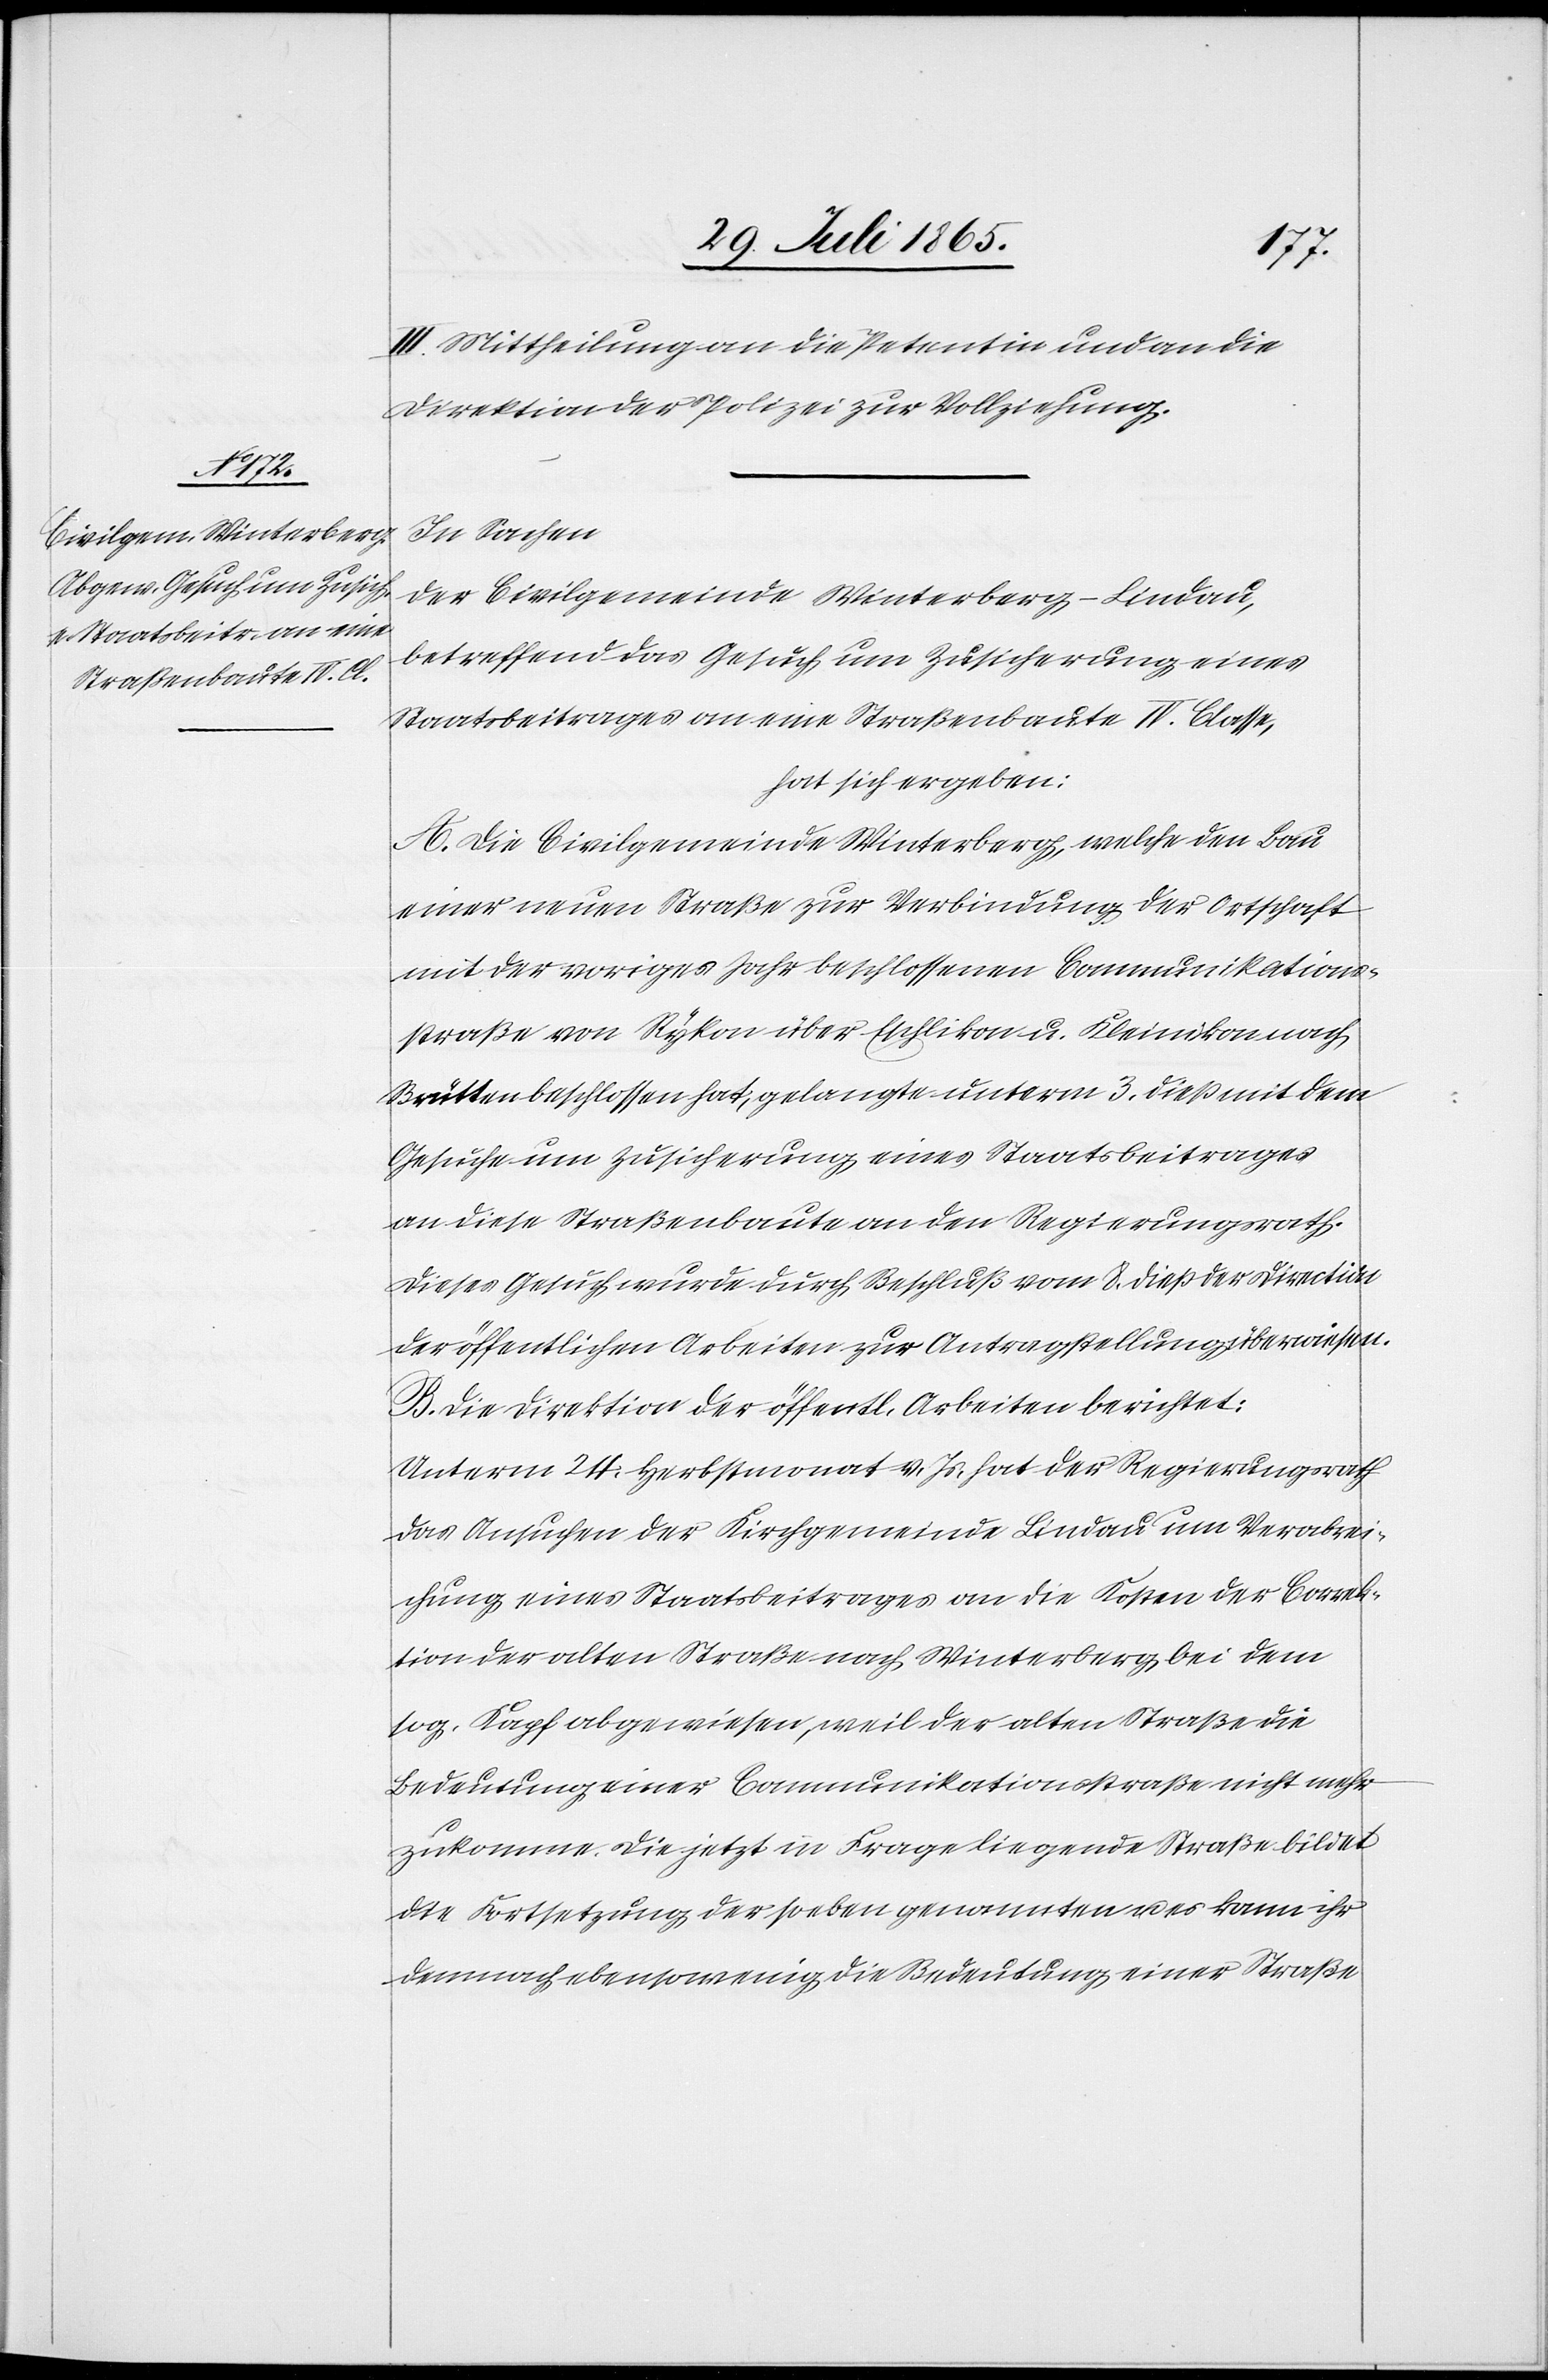
II.] Mittheilung an die Petentin und an die
Direktion der Polizei zur Vollziehung.
In Sachen
der Civilgemeinde Winterberg-Lindau,
betreffend das Gesuch um Zusicherung eines
Staatsbeitrages an eine Straßenbaute IV. Classe,
hat sich ergeben:
A. Die Civilgemeinde Winterberg, welche den Bau
einer neuen Straße zur Verbindung der Ortschaft
mit der voriges Jahr beschlossenen Communikations¬
straße von Rykon über Eschlikon u. Kleinikon nach
Brütten beschlossen hat, gelangte unterm 3. dieß mit dem
Gesuche u. Zusicherung eines Staatsbeitrages
an diese Straßenbaute an den Regierungsrath.
Dieses Gesuch wurde durch Beschluß vom 8. dieß der Direction
der öffentlichen Arbeiten zur Antragstellung überwiesen.
B. Die Direktion der öffentl. Arbeiten berichtet:
Unterm 24. Herbstmonat v. Js. hat der Regierungsrath
das Ansuchen der Kirchgemeinde Lindau um Verabrei¬
chung eines Statthalteramtes an die Kosten der Correk¬
tion der alten Straße nach Winterberg bei dem
sog. Kapf abgewiesen, weil der alten Straße die
Bedeutung einer Communikationsstraße nicht mehr
zukomme. Die jetzt in Frage liegende Straße bildet
die Fortsetzung der soeben genannten u. es kann ihr
demnach ebensowenig die Bedeutung einer Straße